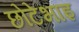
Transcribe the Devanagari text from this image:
छोटेभाइ